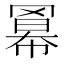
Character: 𮊎